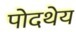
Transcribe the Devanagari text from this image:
पोदथेय